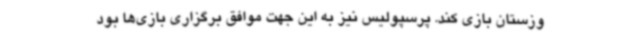
وزستان بازی کند. پرسپولیس نیز به این جهت موافق برگزاری بازی‌ها بود